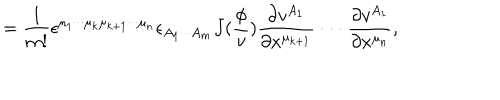
= \frac 1 { m ! } \epsilon ^ { \mu _ { 1 } \cdot \cdot \cdot \mu _ { k } \mu _ { k + 1 } \cdot \cdot \cdot \mu _ { n } } \epsilon _ { A _ { 1 } \cdot \cdot \cdot A _ { m } } J ( \frac \phi v ) \frac { \partial v ^ { A _ { 1 } } } { \partial x ^ { \mu _ { k + 1 } } } \cdot \cdot \cdot \frac { \partial v ^ { A _ { 1 } } } { \partial x ^ { \mu _ { n } } } ,